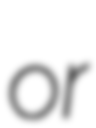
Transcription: or